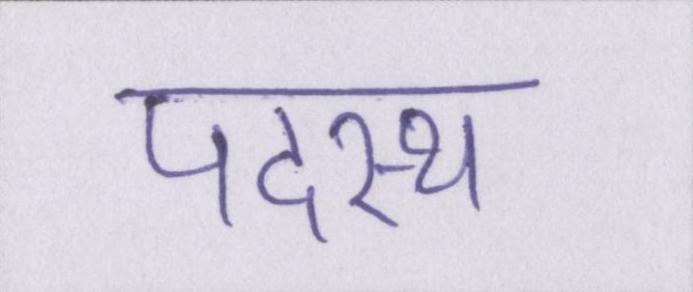
पदस्थ